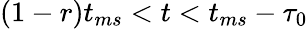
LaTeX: (1-r)t_{ms}<t<t_{ms}-\tau_{0}